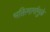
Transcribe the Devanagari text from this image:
भक्तिमार्गामुळे